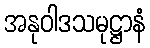
အနုဝါဒသမုဋ္ဌာနံ